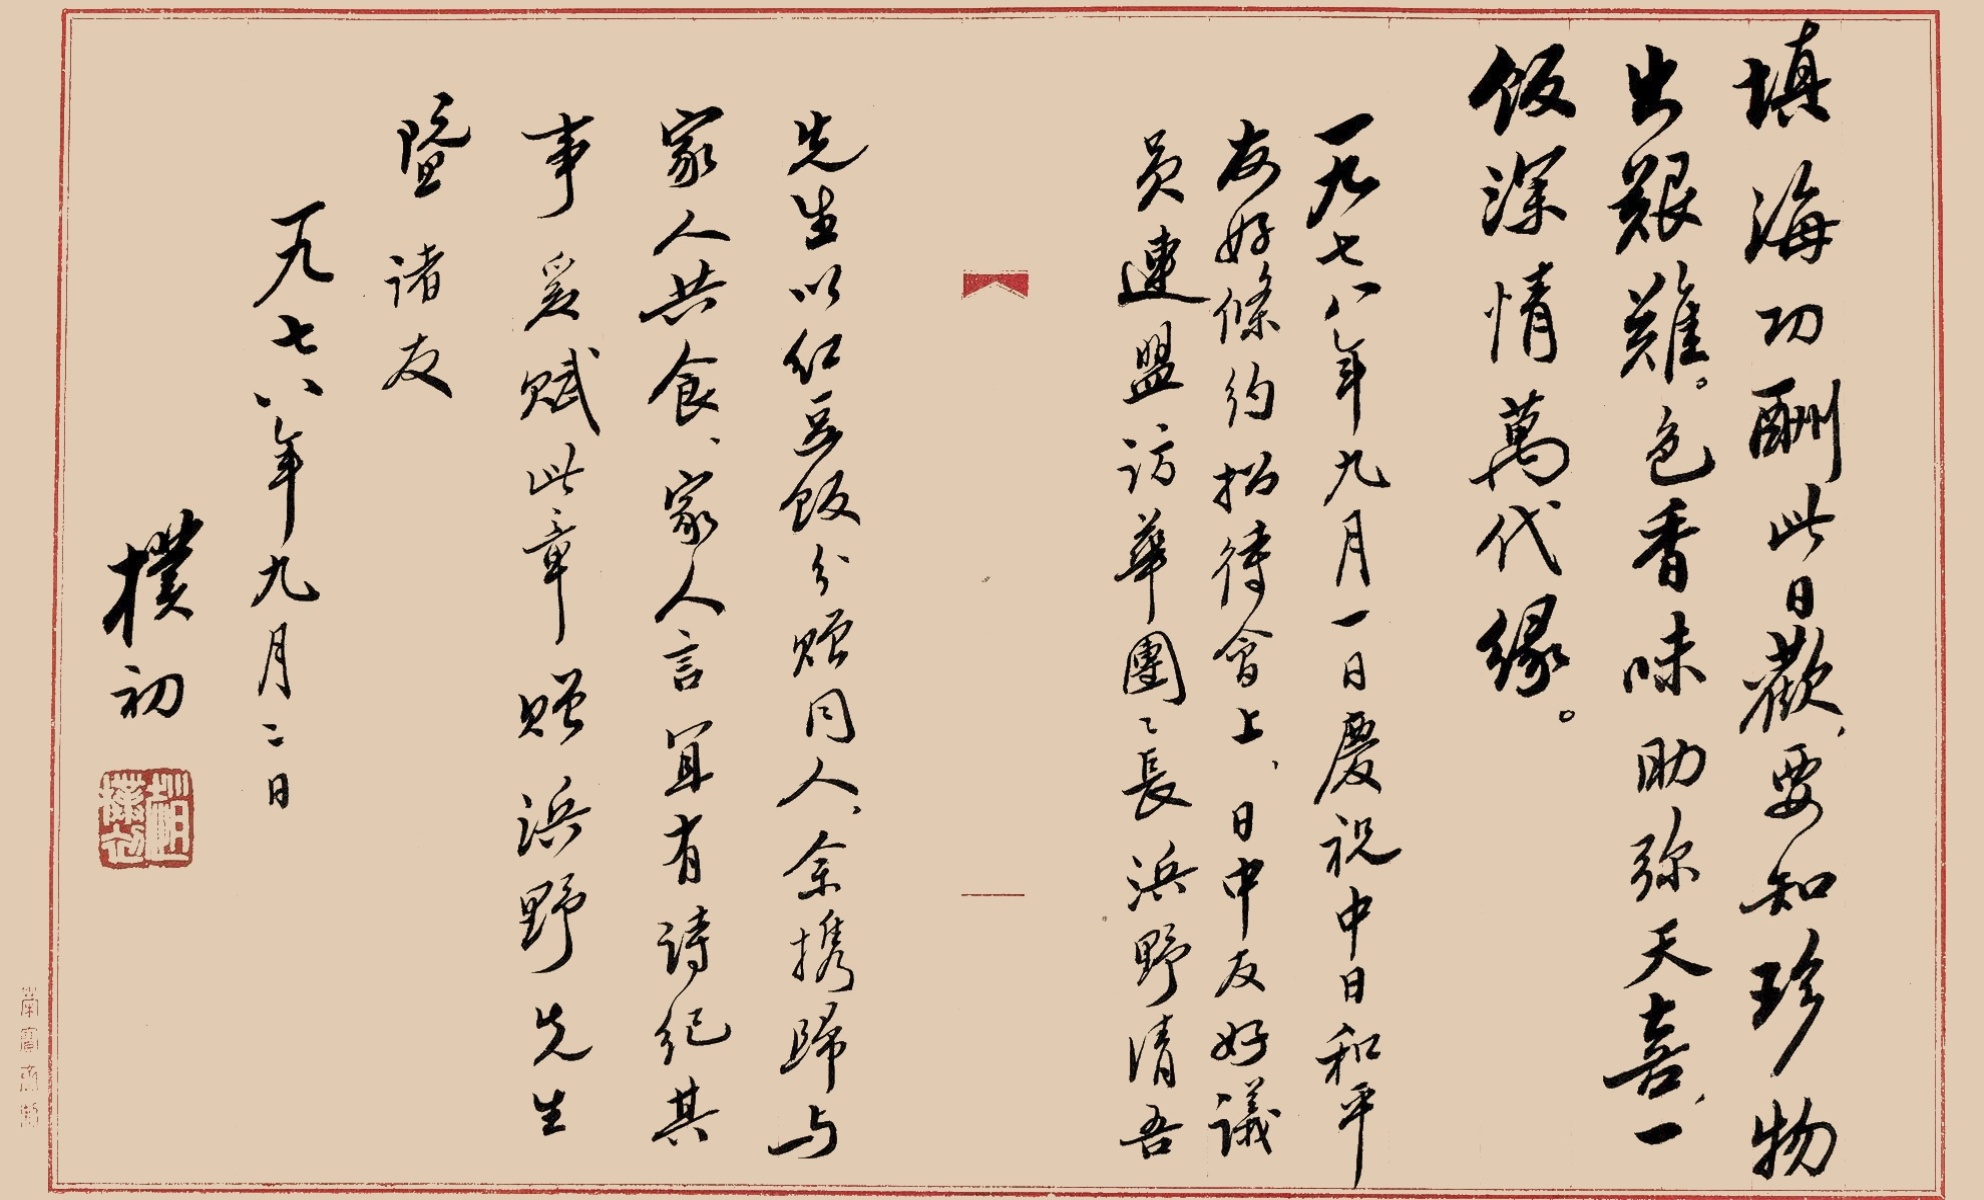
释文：填海功酬此日欢，要知珍物出艰难。色香味助弥天喜，一饭深情万代缘。一九七八年九月一日庆祝中日和平友好条约招待会上，日中友好议员连盟访华团团长浜野清吾先生，以红豆饭分赠同人，余携归与家人共食，家人言宜有诗纪其事。爰赋此章赠浜野先生暨诸友。一九七八年九月二日，朴初。